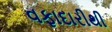
વફાદારીથી